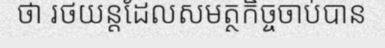
ថា រថយន្តដែលសមត្ថកិច្ចចាប់បាន